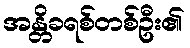
အန္တိခရစ်တစ်ဦး၏